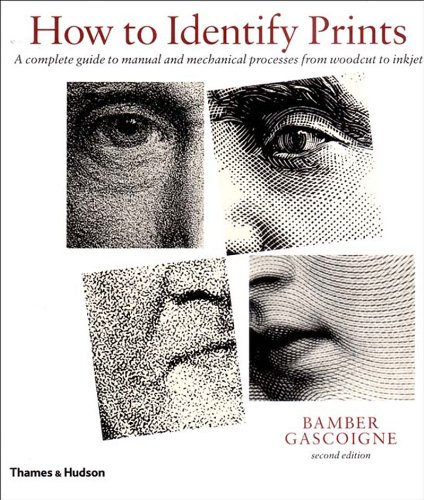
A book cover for How to Identify Prints, Second Edition; Bamber Gascoigne; Crafts, Hobbies & Home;